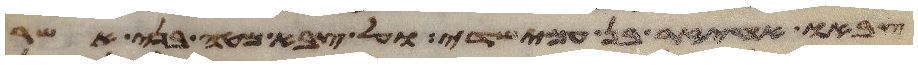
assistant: צבאו אחיעזר בן עמישדי ועל צבא מטה בני אשר